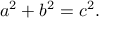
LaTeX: a ^ { 2 } + b ^ { 2 } = c ^ { 2 } .